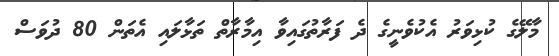
މާލޭގެ ކުޅިވަރު އެކުވެނީގެ ދެ ފަރާތުގައިވާ އިމާރާތް ތަޅާލައި އެތަން 80 ދުވަސް